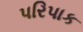
પરિપાક